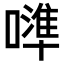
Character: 𠿶